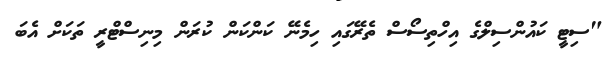
"ސިޓީ ކައުންސިލްގެ އިހްތިސޯސް ތެރޭގައި ހިމެނޭ ކަންކަން ކުރަން މިނިސްޓްރީ ތަކަށް އެބަ